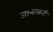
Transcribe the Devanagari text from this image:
जानाकरी